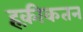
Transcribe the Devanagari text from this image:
हक़ीकतन